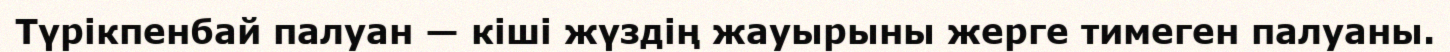
Түрікпенбай палуан — кіші жүздің жауырыны жерге тимеген палуаны.